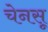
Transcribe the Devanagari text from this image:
चेनसू